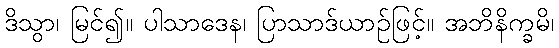
ဒိသွာ၊ မြင်၍။ ပါသာဒေန၊ ပြာသာဒ်ယာဉ်ဖြင့်။ အဘိနိက္ခမိ၊